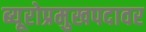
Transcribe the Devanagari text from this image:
ब्यूरोप्रमुखपदावर